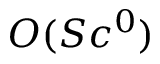
O ( S c ^ { 0 } )